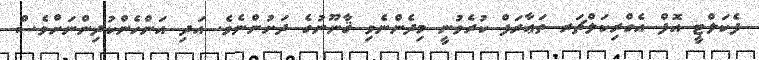
ފެކަލްޓީ އޮފް އެގްރިކަލްޗަރ ތަޢާރަފް ކުރެވުނީ މިދެންނެވި ޤާނޫނުގެ ދަށުންނެވެ. އަދި އަންހެންކުދިންނަށްވެސް